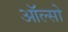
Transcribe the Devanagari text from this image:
ऑल्सो